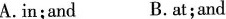
A.in;and B.at;and